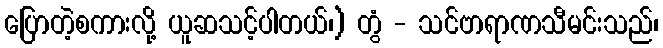
ပြောတဲ့စကားလို့ ယူဆသင့်ပါတယ်၊) တွံ - သင်ဗာရာဏသီမင်းသည်၊